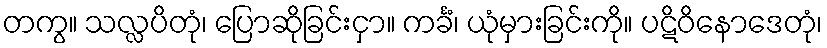
တကွ။ သလ္လပိတုံ၊ ပြောဆိုခြင်းငှာ။ ကင်္ခံ၊ ယုံမှားခြင်းကို။ ပဋိဝိနောဒေတုံ၊